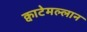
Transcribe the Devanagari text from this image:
क्वाटेमल्लान